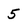
Character: 5